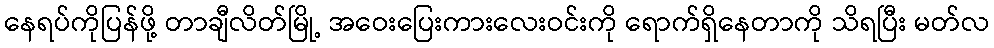
နေရပ်ကိုပြန်ဖို့ တာချီလိတ်မြို့ အဝေးပြေးကားလေးဝင်းကို ရောက်ရှိနေတာကို သိရပြီး မတ်လ